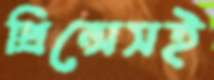
প্রিন্সেসই